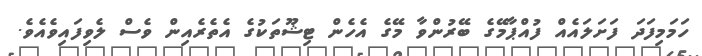
ހަމަމިފަދަ ފަށަލައެއް ފުއްޕާމޭގެ ބޭރުންވާ މޭގެ އެހެން ޓިޝޫތަކުގެ އެތެރެއިން ވެސް ލެވިފައިވެއެވެ.